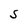
Character: S